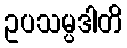
ဥပသမ္ပဒါတိ